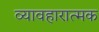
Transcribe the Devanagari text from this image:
व्यावहारात्मक